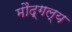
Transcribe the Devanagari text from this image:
मौद्गल्य